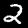
Digit: 2